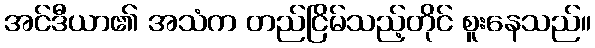
အင်ဒီယာ၏ အသံက တည်ငြိမ်သည့်တိုင် စူးနေသည်။